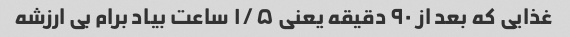
غذایی که بعد از ۹۰ دقیقه یعنی ۱/۵ ساعت بیاد برام بی ارزشه